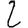
Digit: 2